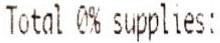
TOTAL 0% SUPPLIES: